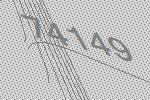
74149